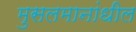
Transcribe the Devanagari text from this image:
मुसलमानांधील